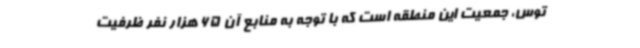
توس، جمعیت این منطقه است که با توجه به منابع آن 65 هزار نفر ظرفیت